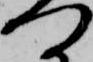
つ